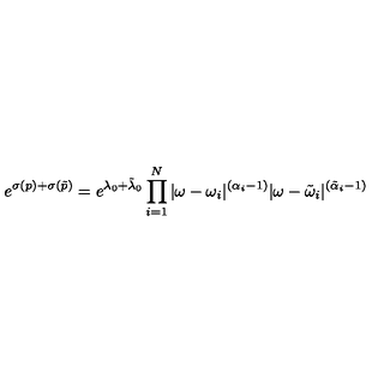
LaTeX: e ^ { \sigma ( p ) + \sigma ( \tilde { p } ) } = e ^ { \lambda _ { 0 } + \tilde { \lambda } _ { 0 } } \prod _ { i = 1 } ^ { N } | \omega - \omega _ { i } | ^ { ( \alpha _ { i } - 1 ) } | \omega - \tilde { \omega } _ { i } | ^ { ( \tilde { \alpha } _ { i } - 1 ) }